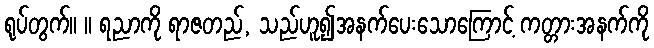
ရုပ်တွက်။ ။ ရညာကို ရာဇတည်, သည်ဟူ၍အနက်ပေးသောကြောင့် ကတ္တားအနက်ကို